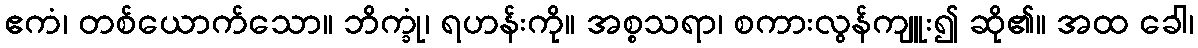
ဧကံ၊ တစ်ယောက်သော။ ဘိက္ခုံ၊ ရဟန်းကို။ အစ္စသရာ၊ စကားလွန်ကျူး၍ ဆို၏။ အထ ခေါ၊